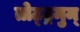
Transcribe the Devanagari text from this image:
तोट्ट्रमुम्